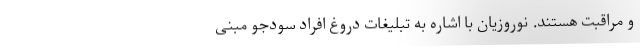
و مراقبت هستند. نوروزیان با اشاره به تبلیغات دروغ افراد سودجو مبنی